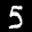
Label: 5